system: You are a helpful assistant.
user:
Analyze the provided spectrum to determine if it is a **White Dwarf (WD)**.

A White Dwarf spectrum is defined by its **extreme purity** (due to gravitational settling) and/or **extreme pressure broadening** (due to high surface gravity). You must check for one of the following mutually exclusive signatures:

- **Key Visual Indicators (Check for ONE of these types):**

    - **1. DA-Type Signature (Most Common):**
        - **(Primary Feature):** Extreme pressure broadening (Stark broadening) of the **Hydrogen (H) Balmer lines**.
        - **(Key Lines):** $H\beta$ (approx. $4861$ Å) and $H\gamma$ (approx. $4340$ Å). $H\alpha$ (approx. $6563$ Å) will also be present if the wavelength range covers it.
        - **(Line Profile):** This is the **defining feature**. The lines are **NOT** sharp. They appear as massive, **extremely broad and deep "troughs" or "dips"** in the spectrum, often hundreds of Ångströms wide. The continuum will appear to "scoop" down at these wavelengths.
        - **(Distinction):** Normal A-type or B-type stars have *narrow* and *sharp* Hydrogen lines. A DA White Dwarf's lines are unmistakably "smeared" or "blurry" from pressure.

    - **2. DB-Type Signature:**
        - **(Primary Feature):** Broad absorption lines from **Neutral Helium (He I)**. The spectrum must lack any visible Hydrogen lines.
        - **(Key Lines):** Look for broad absorption near $4471$ Å, $4921$ Å, and $5876$ Å.
        - **(Line Profile):** These lines are also significantly pressure-broadened, appearing much wider than they would in a normal B-type main-sequence star.

    - **3. DC-Type Signature:**
        - **(Primary Feature):** A **featureless continuous spectrum**.
        - **(Line Profile):** The spectrum is a smooth curve with **no significant absorption or emission lines**.
        - **(Key Confirmation):** The continuum is almost always **blue or white**, indicating a hot object. This signature implies the atmosphere is so pure (or so cool) that no spectral lines are visible in the optical range. Its WD identity is confirmed by its extremely low intrinsic brightness (high absolute magnitude).

    - **4. DZ-Type Signature (Metal-Polluted):**
        - **(Primary Feature):** **Isolated, narrow metal absorption lines** on an otherwise featureless (DC-like) continuum.
        - **(Key Lines):** The **Calcium (Ca II) H & K doublet** (approx. **$3934$ Å** and **$3968$ Å**) is the most common and defining feature.
        - **(Line Profile):** These lines are "out of place." They are *not* part of a "forest" of thousands of lines. This signature is evidence of recent *accretion* (pollution) from rocky debris.
        - **(Distinction):** Normal G/K/M stars have a *dense forest* of thousands of metal lines. A DZ has a *clean* continuum with *only a few* strong metal lines.

    - **5. DQ-Type Signature (Carbon-Polluted):**
        - **(Primary Feature):** Absorption bands from **Carbon (C₂ "Swan Bands" or atomic C I)**.
        - **(Key Lines - C₂):** Look for bandheads with a "saw-tooth" shape near $5635$ Å, **$5165$ Å** (strongest), and $4737$ Å.
        - **(Key Confirmation):** The underlying **continuum must be blue or white** (hot).
        - **(Distinction):** This is the critical difference from a **Carbon Star**, which has the *exact same* C₂ bands but on an extremely **red, cool** continuum.

- **(Overall Spectrum):**
    - The continuum (overall shape) is typically **blue-sloping** (brighter in the blue than the red), as most white dwarfs are very hot.
    - The spectrum will look "pure" or "simple," dominated by only *one* of the five signatures listed above.

Think first, call **spectral_visualization_tool** if needed to examine features in detail, then provide your final answer. Your response must adhere to the following strict rules:
1.  **Overall Structure:** Your response must follow the format `<think>...</think> <tool_call>...</tool_call> (if a tool is used) <answer>...</answer>`.
2.  **Tool Usage Constraint:** You may only make **one** tool call per turn.
3.  **Final Answer Format:** In the `<answer>` tag, your conclusion must be inside a `\boxed{}` command (e.g., `\boxed{YES}` or `\boxed{NO}`), followed by your justification.

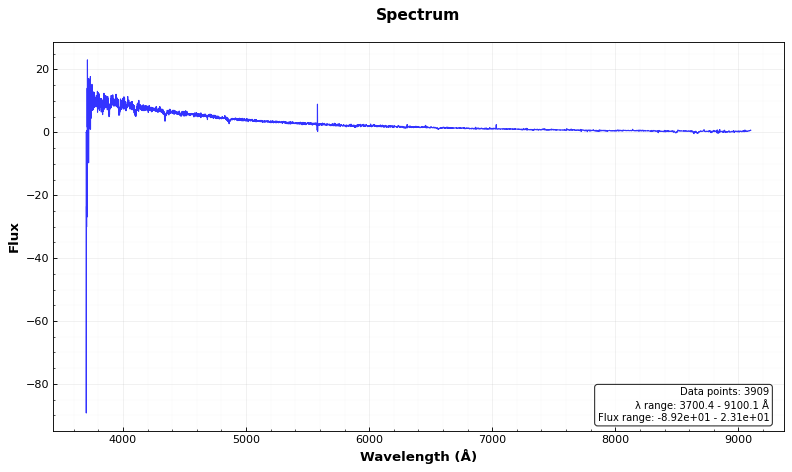
Answer: YES